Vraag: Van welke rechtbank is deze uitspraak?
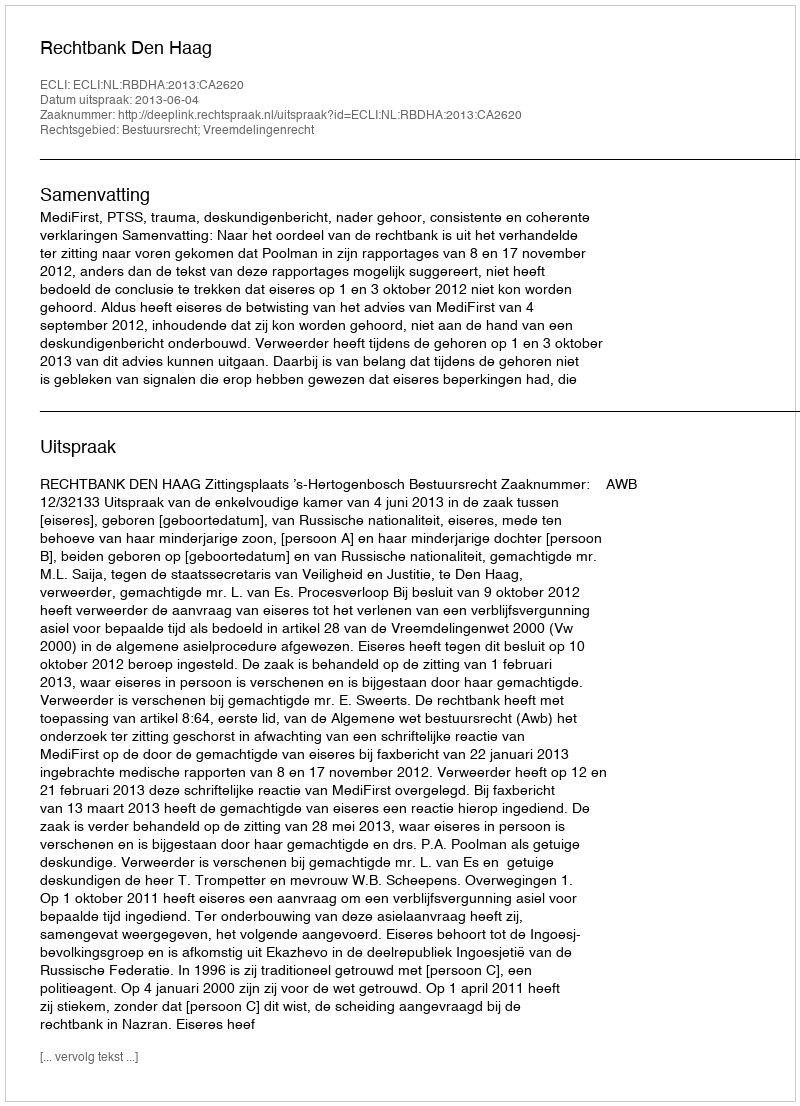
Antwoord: Rechtbank Den Haag